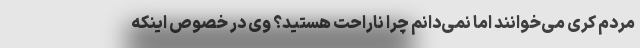
مردم کری می‌خوانند اما نمی‌دانم چرا ناراحت هستید؟ وی در خصوص اینکه